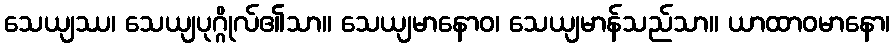
သေယျဿ၊ သေယျပုဂ္ဂိုလ်၏သာ။ သေယျမာနောဝ၊ သေယျမာန်သည်သာ။ ယာထာဝမာနော၊